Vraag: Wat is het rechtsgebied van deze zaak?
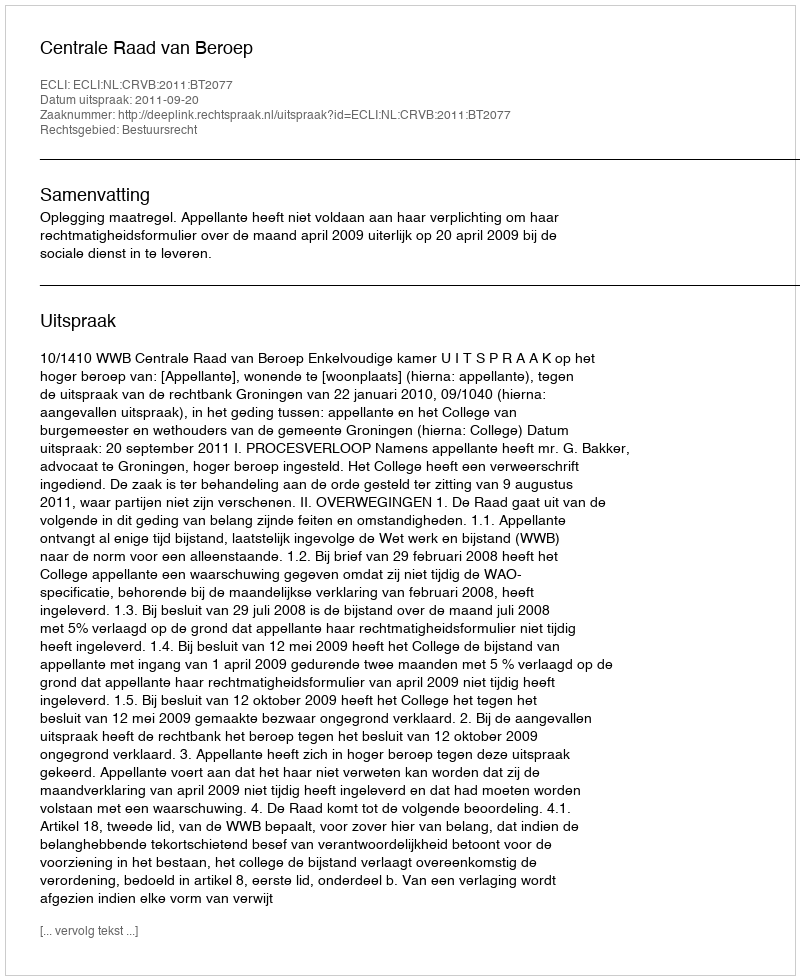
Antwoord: Bestuursrecht